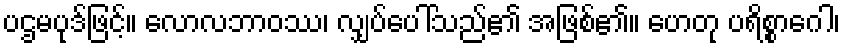
ပဌမပုဒ်ဖြင့်။ လောလဘာဝဿ၊ လျှပ်ပေါ်သည်၏ အဖြစ်၏။ ဟေတု ပရိစ္စာဂေါ၊